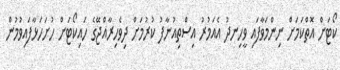
ކޯޓަށް އޮތްކަމަށް ނިންމަވާފައި ވީހިނދު އެއަމުރު އިސްތިއުނާފު ކުރުމަށް ދިވެހިރާއްޖޭގެ ހައިކޯޓަށް ހުށަހަޅާފައިވުމުން